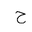
Letter: _ha